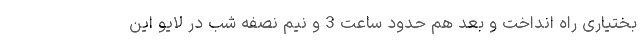
بختیاری راه انداخت و بعد هم حدود ساعت 3 و نیم نصفه شب در لایو این